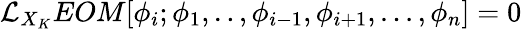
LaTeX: \mathcal{L}_{X_{K}}EOM[\phi_{i};\phi_{1},..,\phi_{i-1},\phi_{i+1},...,\phi_{n}]=0